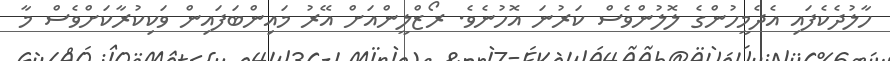
ހާލުދެކެފައި އެދެމީހުންގެ ލޮލުންވެސް ކަރުނަ އޮހުނެވެ. ރޯޒްލީންއަށް އޭރު މައިންބަފައިން ވަކިކުރާކަށްވެސް މާ